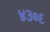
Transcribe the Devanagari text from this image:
४३०६